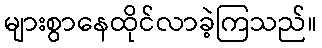
များစွာနေထိုင်လာခဲ့ကြသည်။